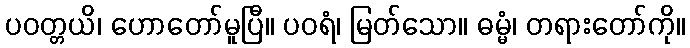
ပဝတ္တယိ၊ ဟောတော်မူပြီ။ ပဝရံ၊ မြတ်သော။ ဓမ္မံ၊ တရားတော်ကို။